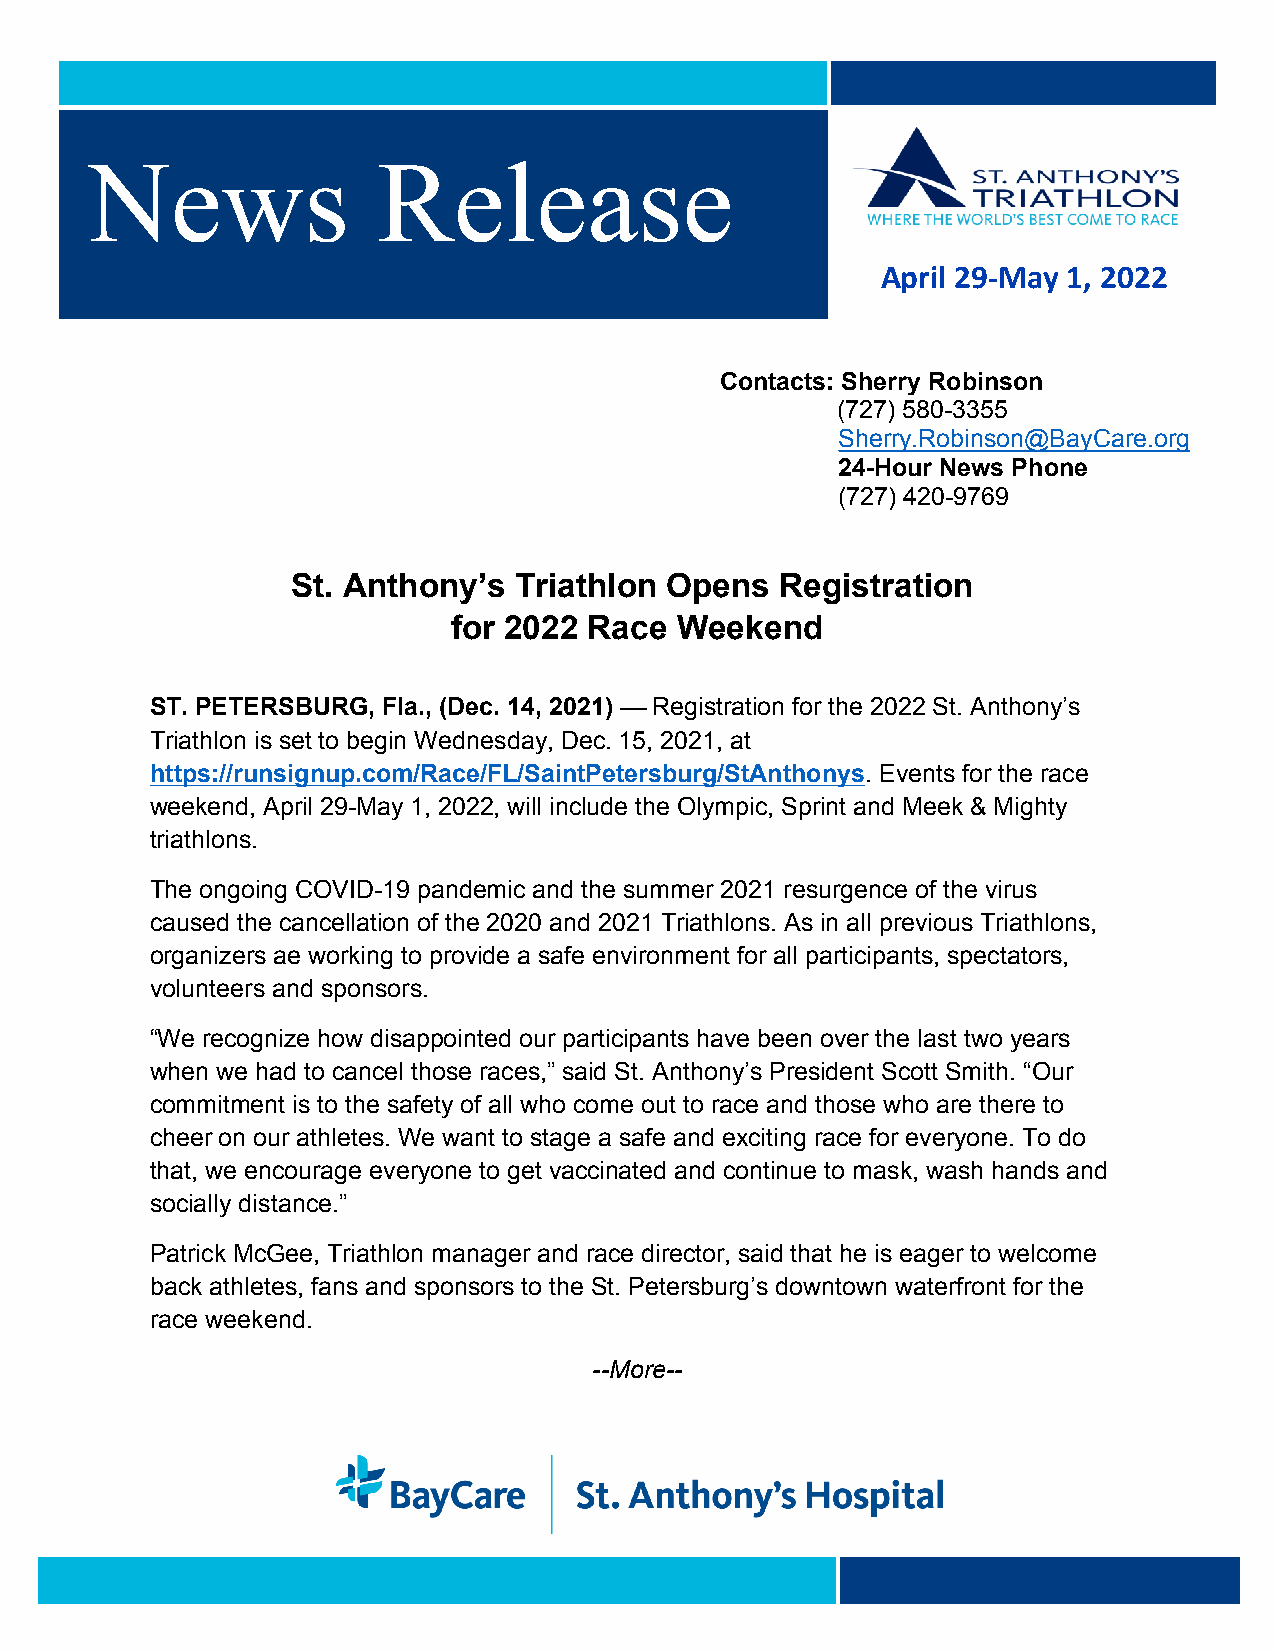
News               Release
 April 29-May 1, 2022
 Contacts: Sherry Robinson
 (727) 580-3355
 Sherry.Robinson@BayCare.org
 24-Hour News Phone
 (727) 420-9769
 St. Anthony’s  Triathlon Opens   Registration
 for 2022 Race  Weekend
 ST. PETERSBURG, Fla., (Dec. 14, 2021)  Registration for the 2022 St. Anthony’s
 Triathlon is set to begin Wednesday, Dec. 15, 2021, at
 https://runsignup.com/Race/FL/SaintPetersburg/StAnthonys. Events for the race
 weekend, April 29-May 1, 2022, will include the Olympic, Sprint and Meek & Mighty
 triathlons.
 The ongoing COVID-19 pandemic and the summer 2021 resurgence of the virus
 caused the cancellation of the 2020 and 2021 Triathlons. As in all previous Triathlons,
 organizers ae working to provide a safe environment for all participants, spectators,
 volunteers and sponsors.
 “We recognize how disappointed our participants have been over the last two years
 when we had to cancel those races,” said St. Anthony’s President Scott Smith. “Our
 commitment is to the safety of all who come out to race and those who are there to
 cheer on our athletes. We want to stage a safe and exciting race for everyone. To do
 that, we encourage everyone to get vaccinated and continue to mask, wash hands and
 socially distance.”
 Patrick McGee, Triathlon manager and race director, said that he is eager to welcome
 back athletes, fans and sponsors to the St. Petersburg’s downtown waterfront for the
 race weekend.
 --More--